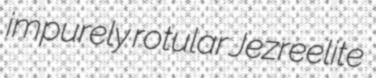
impurely rotular Jezreelite